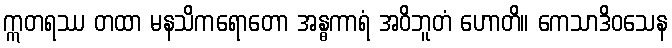
ဣတရဿ တထာ မနသိကရောတော အန္ဓကာရံ အဝိဘူတံ ဟောတိ။ ကေသာဒိဝသေန